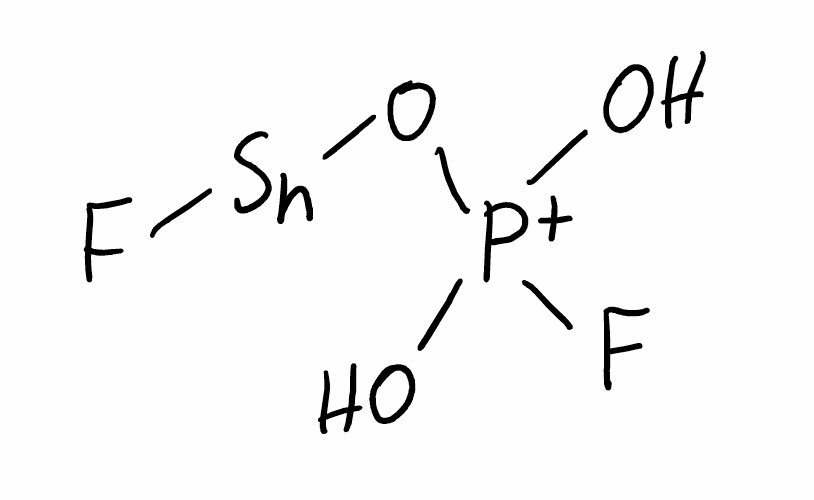
Simplified molecular-input line-entry system (SMILES) notation of the given molecule:
O[P+](O)(O[Sn]F)F